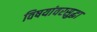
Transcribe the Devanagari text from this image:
विषयांवरसुद्धा